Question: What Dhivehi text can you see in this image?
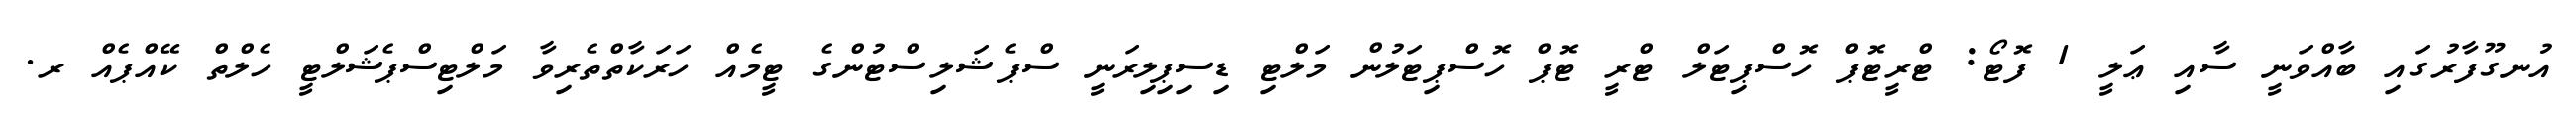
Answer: އުނގޫފާރުގައި ބާއްވަނީ ސާއި ޢަލީ 1 ފޮޓޯ: ޓްރީޓޮޕް ހޮސްޕިޓަލް ޓްރީ ޓޮޕް ހޮސްޕިޓަލުން މަލްޓި ޑިސިޕިލިރަނީ ސްޕެޝަލިސްޓުންގެ ޓީމެއް ހަރަކާތްތެރިވާ މަލްޓިސްޕެޝަލްޓީ ހެލްތް ކޭއްޕެއް ރ.